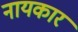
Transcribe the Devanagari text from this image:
नायकार